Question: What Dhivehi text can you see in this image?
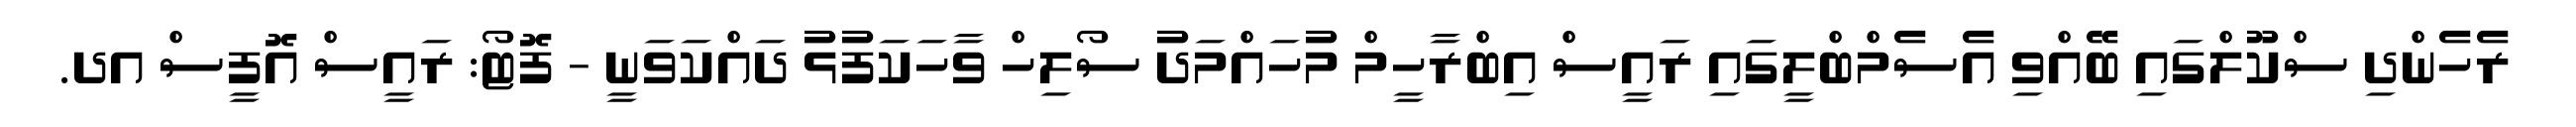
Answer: ރެހެންދި ސްކޫލްގައި ބޭއްވި އެސެމްބްލީގައި ރައީސް އިބްރާހީމް މުހައްމަދު ސޯލިހް ވާހަކަފުޅު ދައްކަވަނީ - ފޮޓޯ: ރައީސް އޮފީސް އދ.